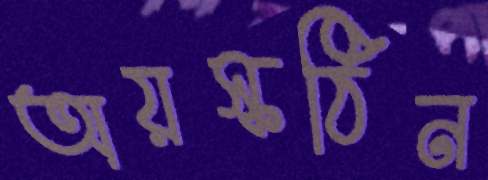
অয়স্কঠিন